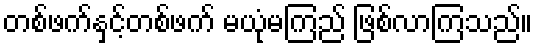
တစ်ဖက်နှင့်တစ်ဖက် မယုံမကြည် ဖြစ်လာကြသည်။